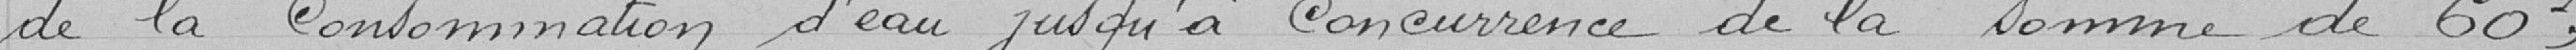
de la Consommation d'eau jusqu'à concurrence de la somme de 60 francs.